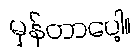
မှန်တာပေါ့။